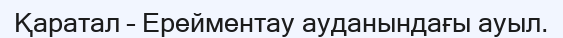
Қаратал – Ерейментау ауданындағы ауыл.